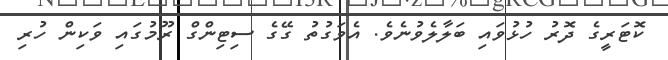
ކޮޓަރީގެ ދޮރު ހުޅުވައި ބަލާލެވުނެވެ. އެވަގުތު ގޭގެ ސިޓިންގް ރޫމުގައި ވަކިން ހުރި